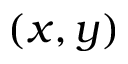
( x , y )